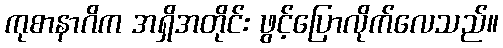
ကုစာနာဂိက အရှိအတိုင်း ဖွင့်ပြောလိုက်လေသည်။